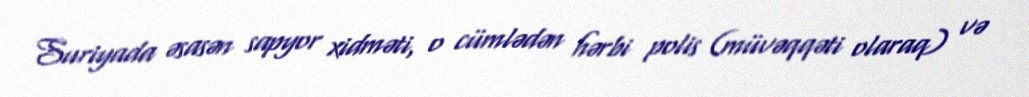
Suriyada əsasən sapyor xidməti, o cümlədən hərbi polis (müvəqqəti olaraq) və